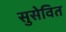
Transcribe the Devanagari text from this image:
सुसेवित